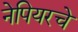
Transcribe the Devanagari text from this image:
नेपियरचे